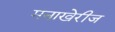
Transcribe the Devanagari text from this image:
मनाखेरीज